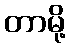
တာမို့